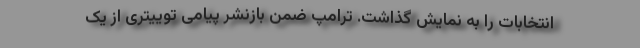
انتخابات را به نمایش گذاشت. ترامپ ضمن بازنشر پیامی توییتری از یک